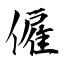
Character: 僱